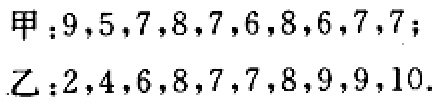
甲：$9,5,7,8,7,6,8,6,7,7$；
乙：$2,4,6,8,7,7,8,9,9,10$.